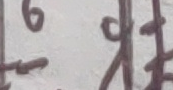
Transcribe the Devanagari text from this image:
७९९१